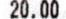
20.00